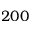
2 0 0